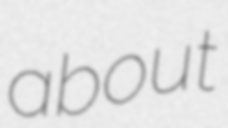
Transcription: about